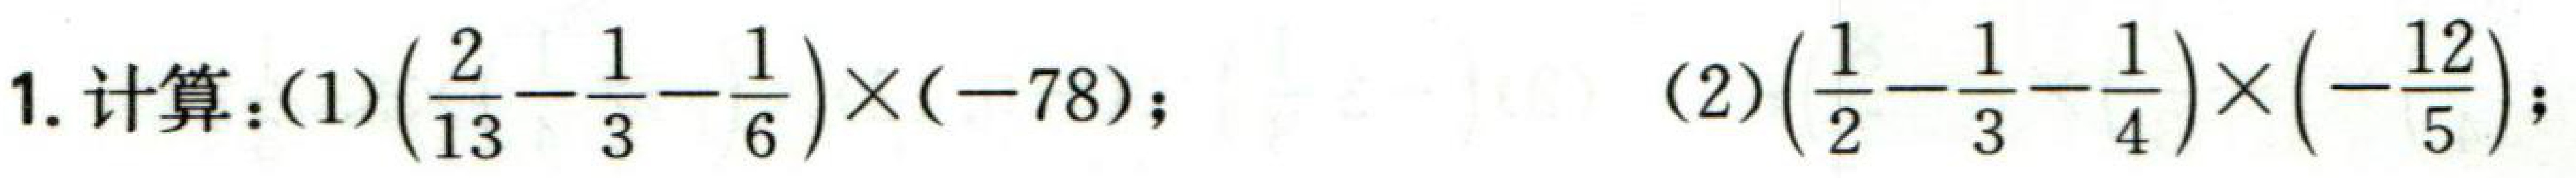
1. 计算：(1)\(\left(\frac{2}{13}-\frac{1}{3}-\frac{1}{6}\right)\times(-78)\)；(2)\(\left(\frac{1}{2}-\frac{1}{3}-\frac{1}{4}\right)\times\left(-\frac{12}{5}\right)\)；